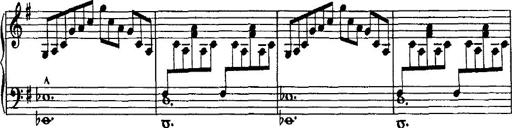
Title: Rondo di bravura
Composer: Franz Liszt